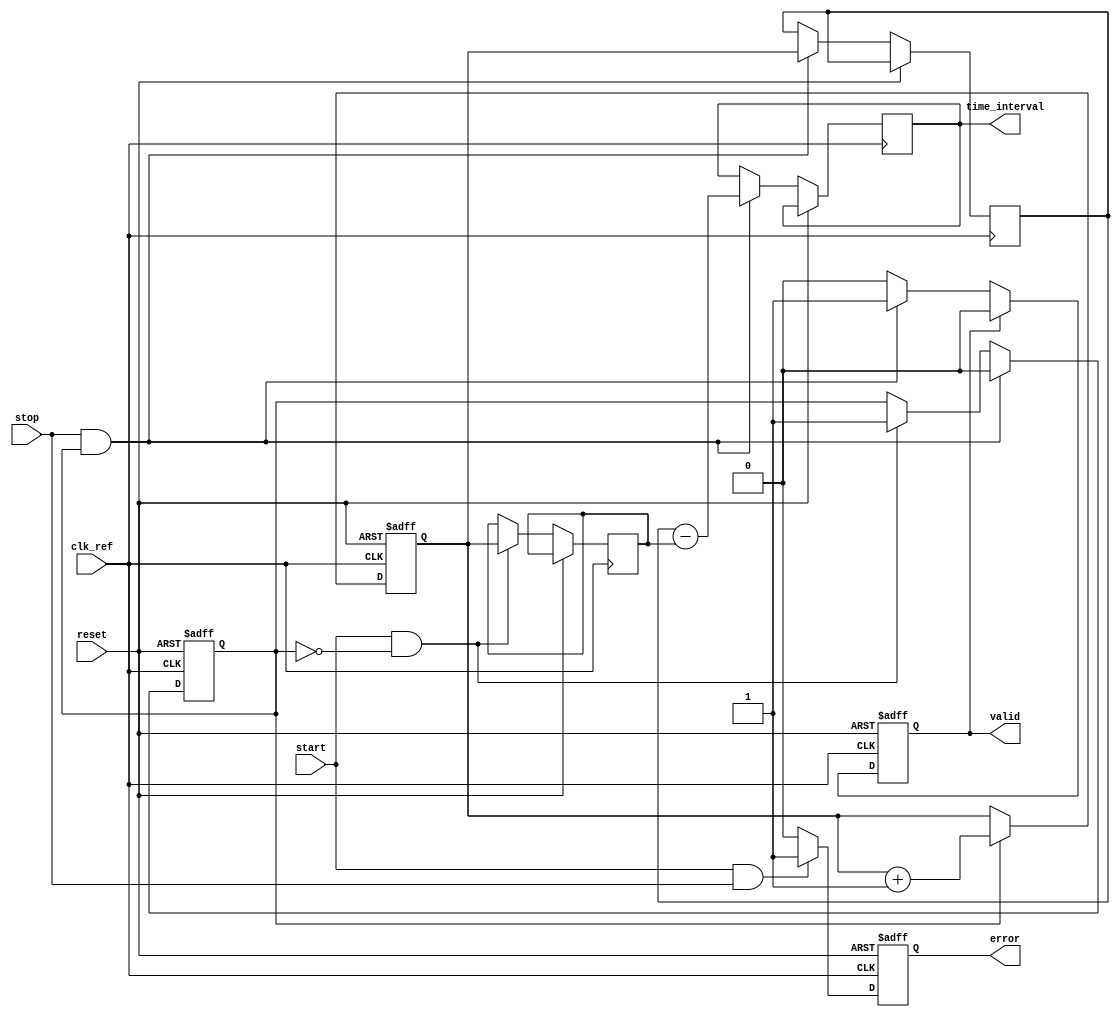
module synchronized_tdc (
    input wire clk_ref,         // Reference clock
    input wire start,          // Start signal
    input wire stop,           // Stop signal
    input wire reset,          // Asynchronous reset
    output reg [31:0] time_interval, // Output time interval
    output reg valid,          // Output valid signal
    output reg error           // Error signal for simultaneous start/stop
);

    // Internal signals
    reg [31:0] counter;        // Counter to count clock cycles
    reg [31:0] start_time;     // Time at start signal
    reg [31:0] stop_time;      // Time at stop signal
    reg capturing;             // State to indicate capturing mode

    // Dual-port RAM for storing time intervals
    reg [31:0] memory [0:15];  // Memory block to store up to 16 time intervals
    reg [3:0] mem_addr;        // Memory address for storing intervals
    reg [3:0] mem_write_ptr;   // Write pointer for memory

    // Counter process
    always @(posedge clk_ref or posedge reset) begin
        if (reset) begin
            counter <= 32'b0;
            capturing <= 1'b0;
            valid <= 1'b0;
            error <= 1'b0;
            mem_write_ptr <= 4'b0;
        end else begin
            if (capturing) begin
                counter <= counter + 1; // Increment counter
            end
            
            // Check for simultaneous start and stop signals
            if (start && stop) begin
                error <= 1'b1; // Set error flag
            end else begin
                error <= 1'b0; // Clear error flag
            end
            
            // Capture start time
            if (start && !capturing) begin
                start_time <= counter;
                capturing <= 1'b1; // Start capturing
            end
            
            // Capture stop time
            if (stop && capturing) begin
                stop_time <= counter;
                capturing <= 1'b0; // Stop capturing
                time_interval <= stop_time - start_time; // Calculate time interval
                valid <= 1'b1; // Indicate valid output
                // Store the time interval in memory
                memory[mem_write_ptr] <= time_interval;
                mem_write_ptr <= mem_write_ptr + 1; // Increment memory write pointer
            end
            
            // Reset valid signal after readout
            if (valid) begin
                valid <= 1'b0; // Clear valid signal after readout
            end
        end
    end

endmodule